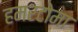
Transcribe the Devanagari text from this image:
हमरटोमा